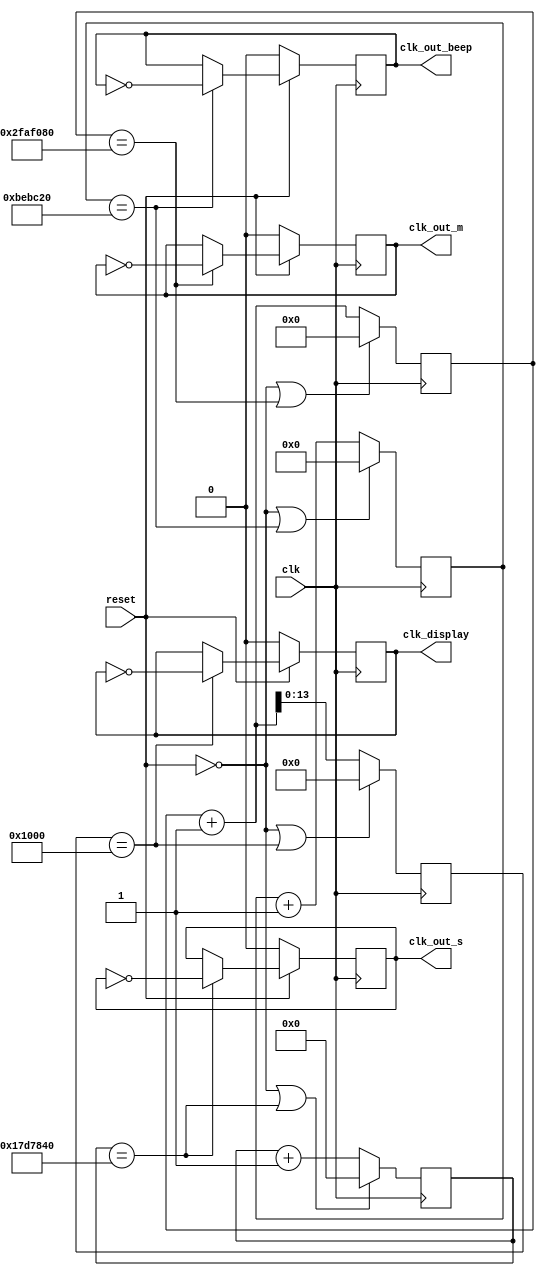
`timescale 1ns / 1ps
module Divider_Time(
        input clk,
        input reset,
        output reg clk_out_m,
        output reg clk_out_s,
        output reg clk_out_beep,
        output reg clk_display
   );

    reg [24:0] counter0;//beep   
    reg [25:0] counter1;//s    
    reg [26:0] counter2;//m      
    reg [13:0] counter3;//clk_display  

    initial counter0 = 0;
    initial counter1 = 0;
    initial counter2 = 0;
    initial counter3 = 0;

    //beep--25000000--2HZ
    always@(posedge clk)
    begin
        if(reset == 0 || counter0 == 25000000/2) counter0 <= 0;  //0
        else counter0 <= counter0 + 1;
    end

    always@(posedge clk)
    begin 
        if(reset == 0) clk_out_beep <= 0;
        else if(counter0 == 25000000/2) clk_out_beep <= ~clk_out_beep;//0
        else clk_out_beep <= clk_out_beep;
    end

    //s----50000000----1HZ
    always@(posedge clk)
    begin  
        if( reset == 0 || counter1 == 50000000/2)  counter1 <= 0;//0
        else counter1 <= counter1 + 1;
    end

    always@(posedge clk)
    begin 
        if(reset == 0) clk_out_s <= 0;
        else if(counter1 == 50000000/2) clk_out_s <= ~clk_out_s;//0
        else clk_out_s <= clk_out_s;
    end

    //m-------100000000---1/2HZ
    always@(posedge clk )
    begin
        if( reset == 0 || counter2 == 100000000/2) counter2 <= 0;//0
        else counter2 <= counter2 + 1;
    end

    always@(posedge clk)
    begin 
        if(reset == 0) clk_out_m <= 0;
        else if(counter2 ==100000000/2) clk_out_m <= ~clk_out_m;//0
        else clk_out_m <= clk_out_m;
    end

    //clk_display------1<<12
    always@(posedge clk )
    begin
        if( reset == 0 || counter3 == 1<<12) counter3 <= 0;//0
        else counter3 <= counter2 + 1;
    end

    always@(posedge clk)
    begin 
        if(reset == 0) clk_display <= 0;
        else if(counter3== 1<<12) clk_display <= ~clk_display;//0
        else clk_display <= clk_display;
    end

    endmodule